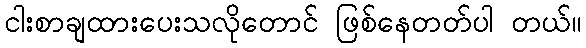
ငါးစာချထားပေးသလိုတောင် ဖြစ်နေတတ်ပါ တယ်။